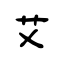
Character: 艾